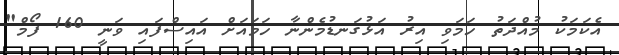
އެކަމަކު މުއްދަތު ހަމަވި އިރު އަޅުގަނޑުމެންނާ ހަމައަށް އައިސްފައި ވަނީ 160 ފޯމް"